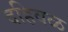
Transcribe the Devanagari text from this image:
दहिवळ